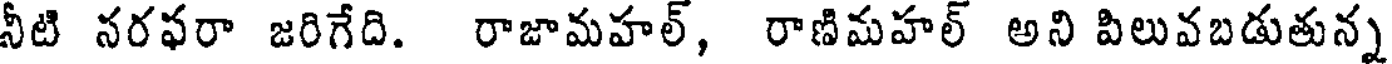
నీటి నరఫరా జరిగేది. రాజామహల్, రాణిమహల్ అని పిలువబడుతున్న